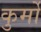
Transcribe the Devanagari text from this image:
कुर्मो